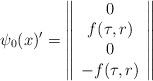
\begin{align*}\psi_0(x)'=\left\|\begin{array}{c}0\\f(\tau,r)\\0\\-f(\tau,r)\end{array}\right\|\end{align*}